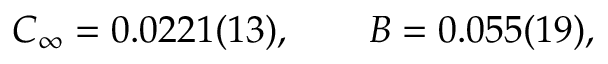
C _ { \infty } = 0 . 0 2 2 1 ( 1 3 ) , \qquad B = 0 . 0 5 5 ( 1 9 ) ,